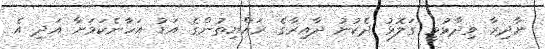
ނާދިރާ ވިދާޅުވީ ގަލޮޅު ދެކުނު ދާއިރާގެ ރައްޔިތުންގެ އަޑު އަހާނެކަމަށާ އަދި އެ